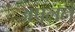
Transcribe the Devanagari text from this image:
ॲपलने